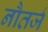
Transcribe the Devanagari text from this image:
नौतर्ज